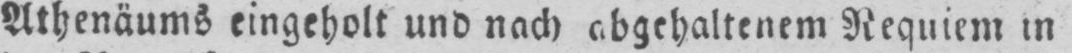
Athenäums eingeholt und nach abgehaltenem Requiem in